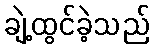
ချဲ့ထွင်ခဲ့သည်